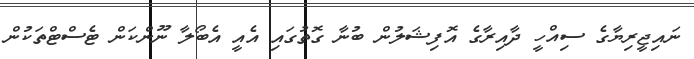
ނައިޖީރިޔާގެ ސިއްހީ ދާއިރާގެ އޮފިޝަލުން ބުނާ ގޮތުގައި އެއީ އެބޯލާ ނޫންކަން ޓެސްޓްތަކުން